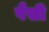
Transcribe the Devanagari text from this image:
पैसी